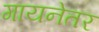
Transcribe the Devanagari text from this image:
गायनेतर